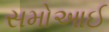
સમોઆઈ